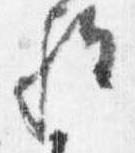
歟